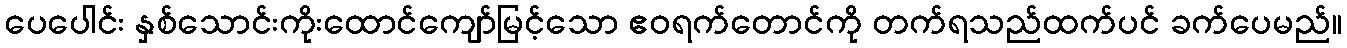
ပေပေါင်း နှစ်သောင်းကိုးထောင်ကျော်မြင့်သော ဧဝရက်တောင်ကို တက်ရသည်ထက်ပင် ခက်ပေမည်။